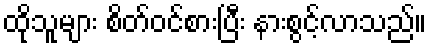
ထိုသူများ စိတ်ဝင်စားပြီး နားစွင့်လာသည်။